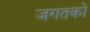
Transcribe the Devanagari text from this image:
जगतको